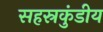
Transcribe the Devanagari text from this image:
सहस्रकुंडीय